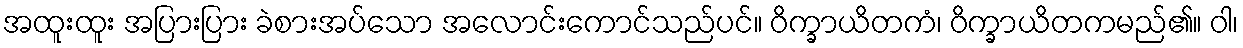
အထူးထူး အပြားပြား ခဲစားအပ်သော အလောင်းကောင်သည်ပင်။ ဝိက္ခာယိတကံ၊ ဝိက္ခာယိတကမည်၏။ ဝါ၊